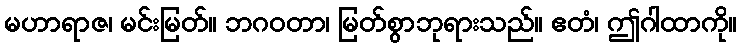
မဟာရာဇ၊ မင်းမြတ်။ ဘဂဝတာ၊ မြတ်စွာဘုရားသည်။ ဧတံ၊ ဤဂါထာကို။